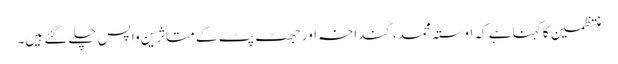
منتظمین کا کہنا ہے کہ اوستہ محمد، گنداخہ اور جھٹ پٹ کے متاثرین واپس چلے گئے ہیں۔